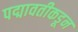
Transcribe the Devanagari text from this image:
पद्मावतीकडून